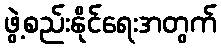
ဖွဲ့စည်းနိုင်ရေးအတွက်